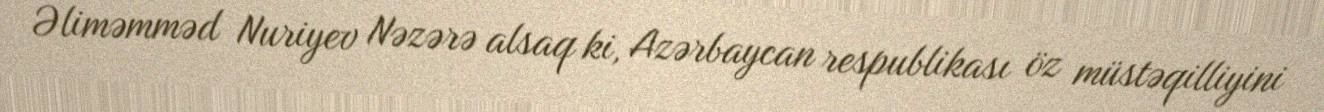
Əliməmməd Nuriyev Nəzərə alsaq ki, Azərbaycan respublikası öz müstəqilliyini